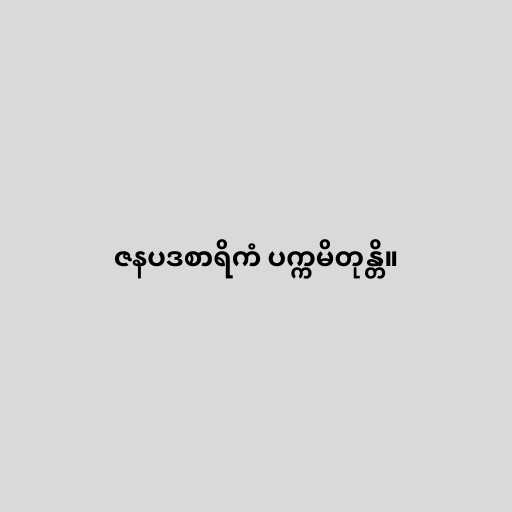
ဇနပဒစာရိကံ ပက္ကမိတုန္တိ။